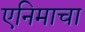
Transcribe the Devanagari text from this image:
एनिमाचा